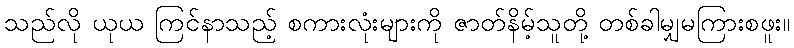
သည်လို ယုယ ကြင်နာသည့် စကားလုံးများကို ဇာတ်နိမ့်သူတို့ တစ်ခါမျှမကြားစဖူး။